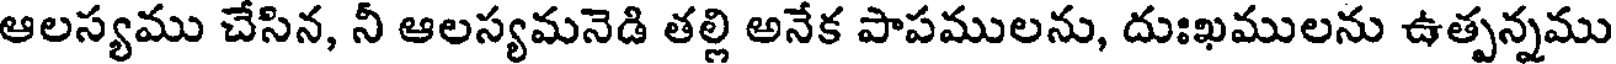
ఆలస్యము చేసిన, నీ ఆలస్యమనెడి తల్లి అనేక పాపములను, దుఃఖములను ఉత్పన్నము